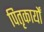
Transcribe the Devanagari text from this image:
पितृकार्यों